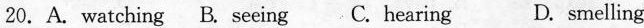
20. A.watching B. seeing C. hearing D. snelling